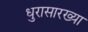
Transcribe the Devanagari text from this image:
धुरासारख्या